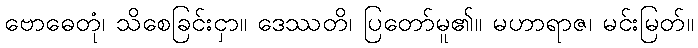
ဗောဓေတုံ၊ သိစေခြင်းငှာ။ ဒေဿတိ၊ ပြတော်မူ၏။ မဟာရာဇ၊ မင်းမြတ်။